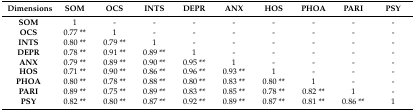
<table><thead><tr><td><b>Dimensions</b></td><td><b>SOM</b></td><td><b>OCS</b></td><td><b>INTS</b></td><td><b>DEPR</b></td><td><b>ANX</b></td><td><b>HOS</b></td><td><b>PHOA</b></td><td><b>PARI</b></td><td><b>PSY</b></td></tr></thead><tbody><tr><td><b>SOM</b></td><td>1</td><td>-</td><td>-</td><td>-</td><td>-</td><td>-</td><td>-</td><td>-</td><td>-</td></tr><tr><td><b>OCS</b></td><td>0.77 **</td><td>1</td><td>-</td><td>-</td><td>-</td><td>-</td><td>-</td><td>-</td><td>-</td></tr><tr><td><b>INTS</b></td><td>0.80 **</td><td>0.79 **</td><td>1</td><td>-</td><td>-</td><td>-</td><td>-</td><td>-</td><td>-</td></tr><tr><td><b>DEPR</b></td><td>0.78 **</td><td>0.91 **</td><td>0.89 **</td><td>1</td><td>-</td><td>-</td><td>-</td><td>-</td><td>-</td></tr><tr><td><b>ANX</b></td><td>0.79 **</td><td>0.89 **</td><td>0.90 **</td><td>0.95 **</td><td>1</td><td>-</td><td>-</td><td>-</td><td>-</td></tr><tr><td><b>HOS</b></td><td>0.71 **</td><td>0.90 **</td><td>0.86 **</td><td>0.96 **</td><td>0.93 **</td><td>1</td><td>-</td><td>-</td><td>-</td></tr><tr><td><b>PHOA</b></td><td>0.80 **</td><td>0.78 **</td><td>0.88 **</td><td>0.80 **</td><td>0.83 **</td><td>0.80 **</td><td>1</td><td>-</td><td>-</td></tr><tr><td><b>PARI</b></td><td>0.89 **</td><td>0.75 **</td><td>0.89 **</td><td>0.83 **</td><td>0.85 **</td><td>0.78 **</td><td>0.82 **</td><td>1</td><td>-</td></tr><tr><td><b>PSY</b></td><td>0.82 **</td><td>0.80 **</td><td>0.87 **</td><td>0.92 **</td><td>0.89 **</td><td>0.87 **</td><td>0.81 **</td><td>0.86 **</td><td>1</td></tr></tbody></table>